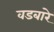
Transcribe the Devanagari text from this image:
वडबारे